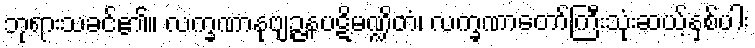
ဘုရားသခင်၏။ လက္ခဏာနုဗျဉ္ဇနပဋိမဏ္ဍိတံ၊ လက္ခဏာတော်ကြီးသုံးဆယ့်နှစ်ပါး